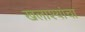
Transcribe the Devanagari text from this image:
खलाश्यांचा